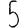
Digit: 5